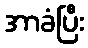
အာခံပြီး